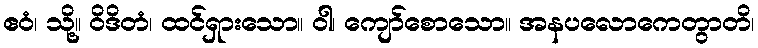
ဧဝံ၊ သို့။ ဝိဒိတံ၊ ထင်ရှားသော။ ဝါ၊ ကျော်စောသော။ အနပလောကေတွာတိ၊